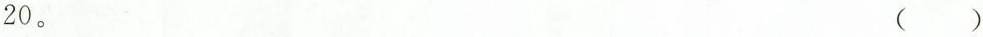
20。（）